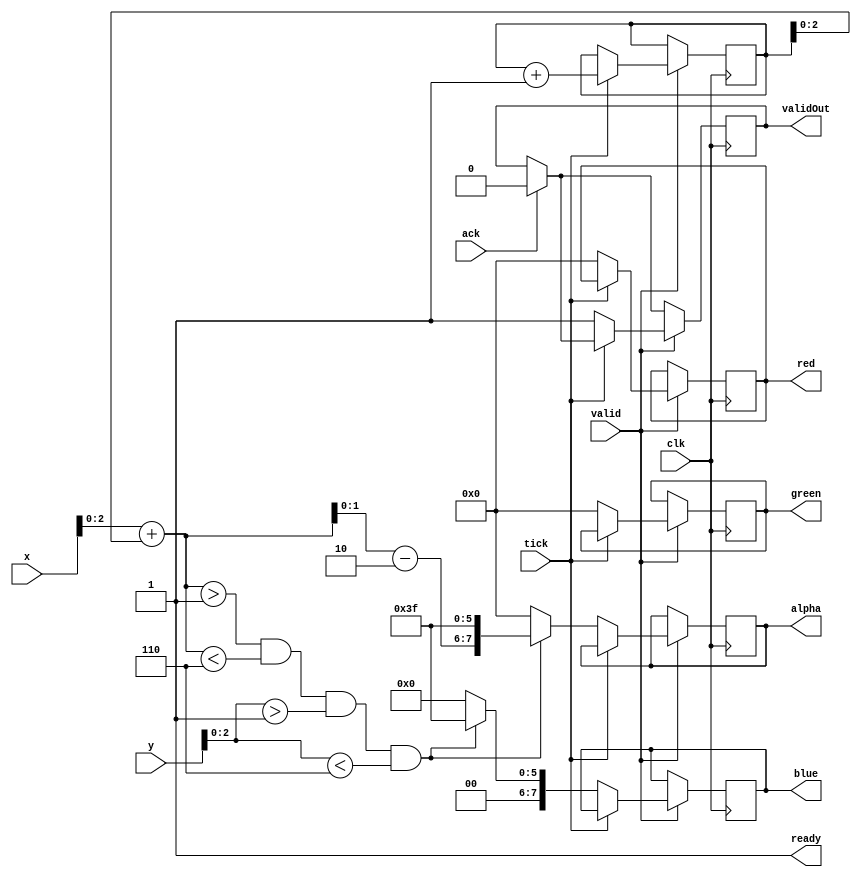
`default_nettype none

module panel_cube (
  input            clk,
  input            valid,
  input            tick,
  input      [9:0] x, y,
  input            ack,
  output reg       validOut,
  output           ready,
  output reg [7:0] red, blue, green,
  output reg [7:0] alpha
);
  
  reg [9:0] offset = 0;
  wire [9:0] x_pos, y_pos;
  
  assign x_pos = x + offset;
  assign y_pos = y;
  
  wire [2:0] x_pos_off;
  assign x_pos_off = x_pos[2:0] - 3'd2;
  
  assign ready = 1;
  
  always @(posedge clk) begin
    if (ack)
      validOut <= 0;
    if (valid) begin
      if (tick) begin
        offset <= offset + 1;
      end else begin
        validOut <= 1;
        if (x_pos[2:0] > 1 && x_pos[2:0] < 6
            && y_pos[2:0] > 1 && y_pos[2:0] < 6) begin
          red <= 0;
          green <= 0;
          blue <= 8'h3F;
          alpha <= {x_pos_off[1:0], 6'h3F};
        end else begin
          red <= 0;
          green <= 0;
          blue <= 0;
          alpha <= 0;
        end
      end
    end
  end

endmodule // panel_cube